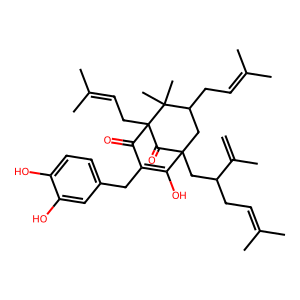
SMILES: C=C(C)C(CC=C(C)C)CC12CC(CC=C(C)C)C(C)(C)C(CC=C(C)C)(C(=O)C(Cc3ccc(O)c(O)c3)=C1O)C2=O
Inhibits HIV replication: No